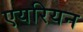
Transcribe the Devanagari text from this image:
एयरियन